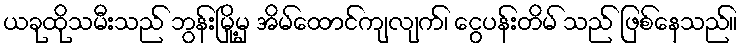
ယခုထိုသမီးသည် ဘွန်းမြို့မှ အိမ်ထောင်ကျလျက်၊ ငွေပန်းတိမ် သည် ဖြစ်နေသည်။